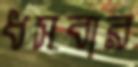
ধসবার